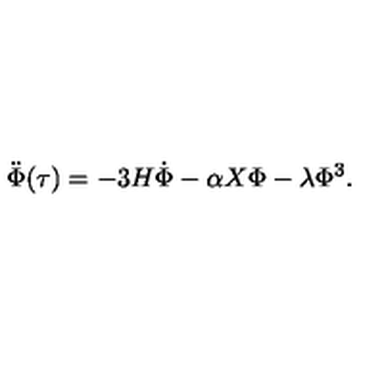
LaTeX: \ddot { \Phi } ( \tau ) = - 3 H \dot { \Phi } - \alpha X \Phi - \lambda \Phi ^ { 3 } .